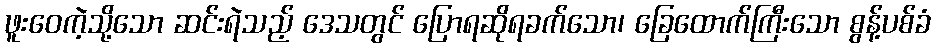
ဖူးဝေကဲ့သို့သော ဆင်းရဲသည့် ဒေသတွင် ပြောရဆိုရခက်သော၊ ခြေထောက်ကြီးသော စွန့်ပစ်ခံ